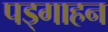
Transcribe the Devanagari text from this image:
पड्गाहन